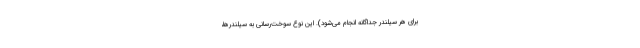
برای هر سیلندر جداگانه انجام می‌شود). این نوع سوخت‌رسانی به سیلندرها،